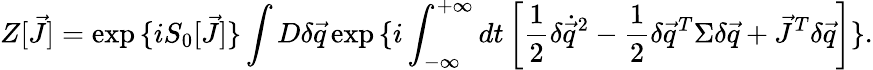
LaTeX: Z[\vec{J}]=\exp{\{ iS_{0}[\vec{J}]\} }\int D\delta\vec{q}\exp{\{ i\int_{-\infty}^{+\infty}dt\left[\frac{1}{2}\delta\dot{\vec{q}}^{2}-\frac{1}{2}\delta\vec{q}^{T}\Sigma\delta\vec{q}+\vec{J}^{T}\delta\vec{q}\right]\} }.